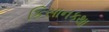
કિસાનકથા